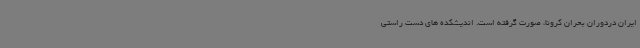
ایران دردوران بحران کرونا، صورت گرفته است. اندیشکده های دست راستی